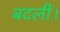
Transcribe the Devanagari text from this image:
बदलीं।